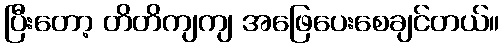
ပြီးတော့ တိတိကျကျ အဖြေပေးစေချင်တယ်။